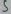
Text: 5